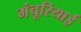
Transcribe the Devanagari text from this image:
मंचूरियाई